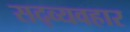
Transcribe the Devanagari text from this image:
सद्‍व्यवहार